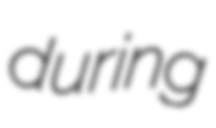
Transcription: during